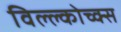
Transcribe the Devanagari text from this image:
विल्ल्कोच्क्स